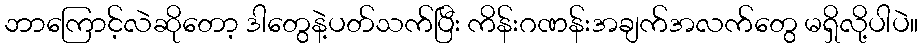
ဘာကြောင့်လဲဆိုတော့ ဒါတွေနဲ့ပတ်သက်ပြီး ကိန်းဂဏန်းအချက်အလက်တွေ မရှိလို့ပါပဲ။